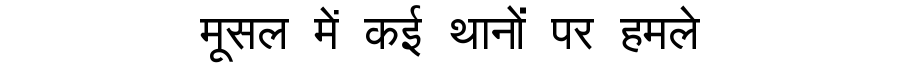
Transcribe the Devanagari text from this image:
मूसल में कई थानों पर हमले